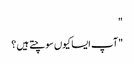
"
"آپ ایسا کیوں سوچتے ہیں ؟